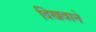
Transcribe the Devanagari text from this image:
दिखवाने